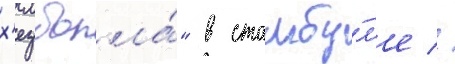
х'езболла́" в стамбу́л'е //